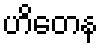
ဟိတေန